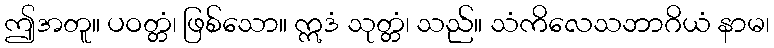
ဤအတူ။ ပဝတ္တံ၊ ဖြစ်သော။ ဣဒံ သုတ္တံ၊ သည်။ သံကိလေသဘာဂိယံ နာမ၊